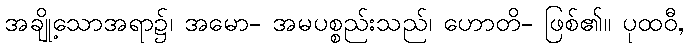
အချို့သောအရာ၌၊ အမော- အမပစ္စည်းသည်၊ ဟောတိ- ဖြစ်၏။ ပုထဝီ,